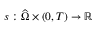
s : { \widehat \Omega } \times ( 0 , T ) \to \mathbb R